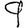
Digit: 9